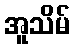
အူသိမ်